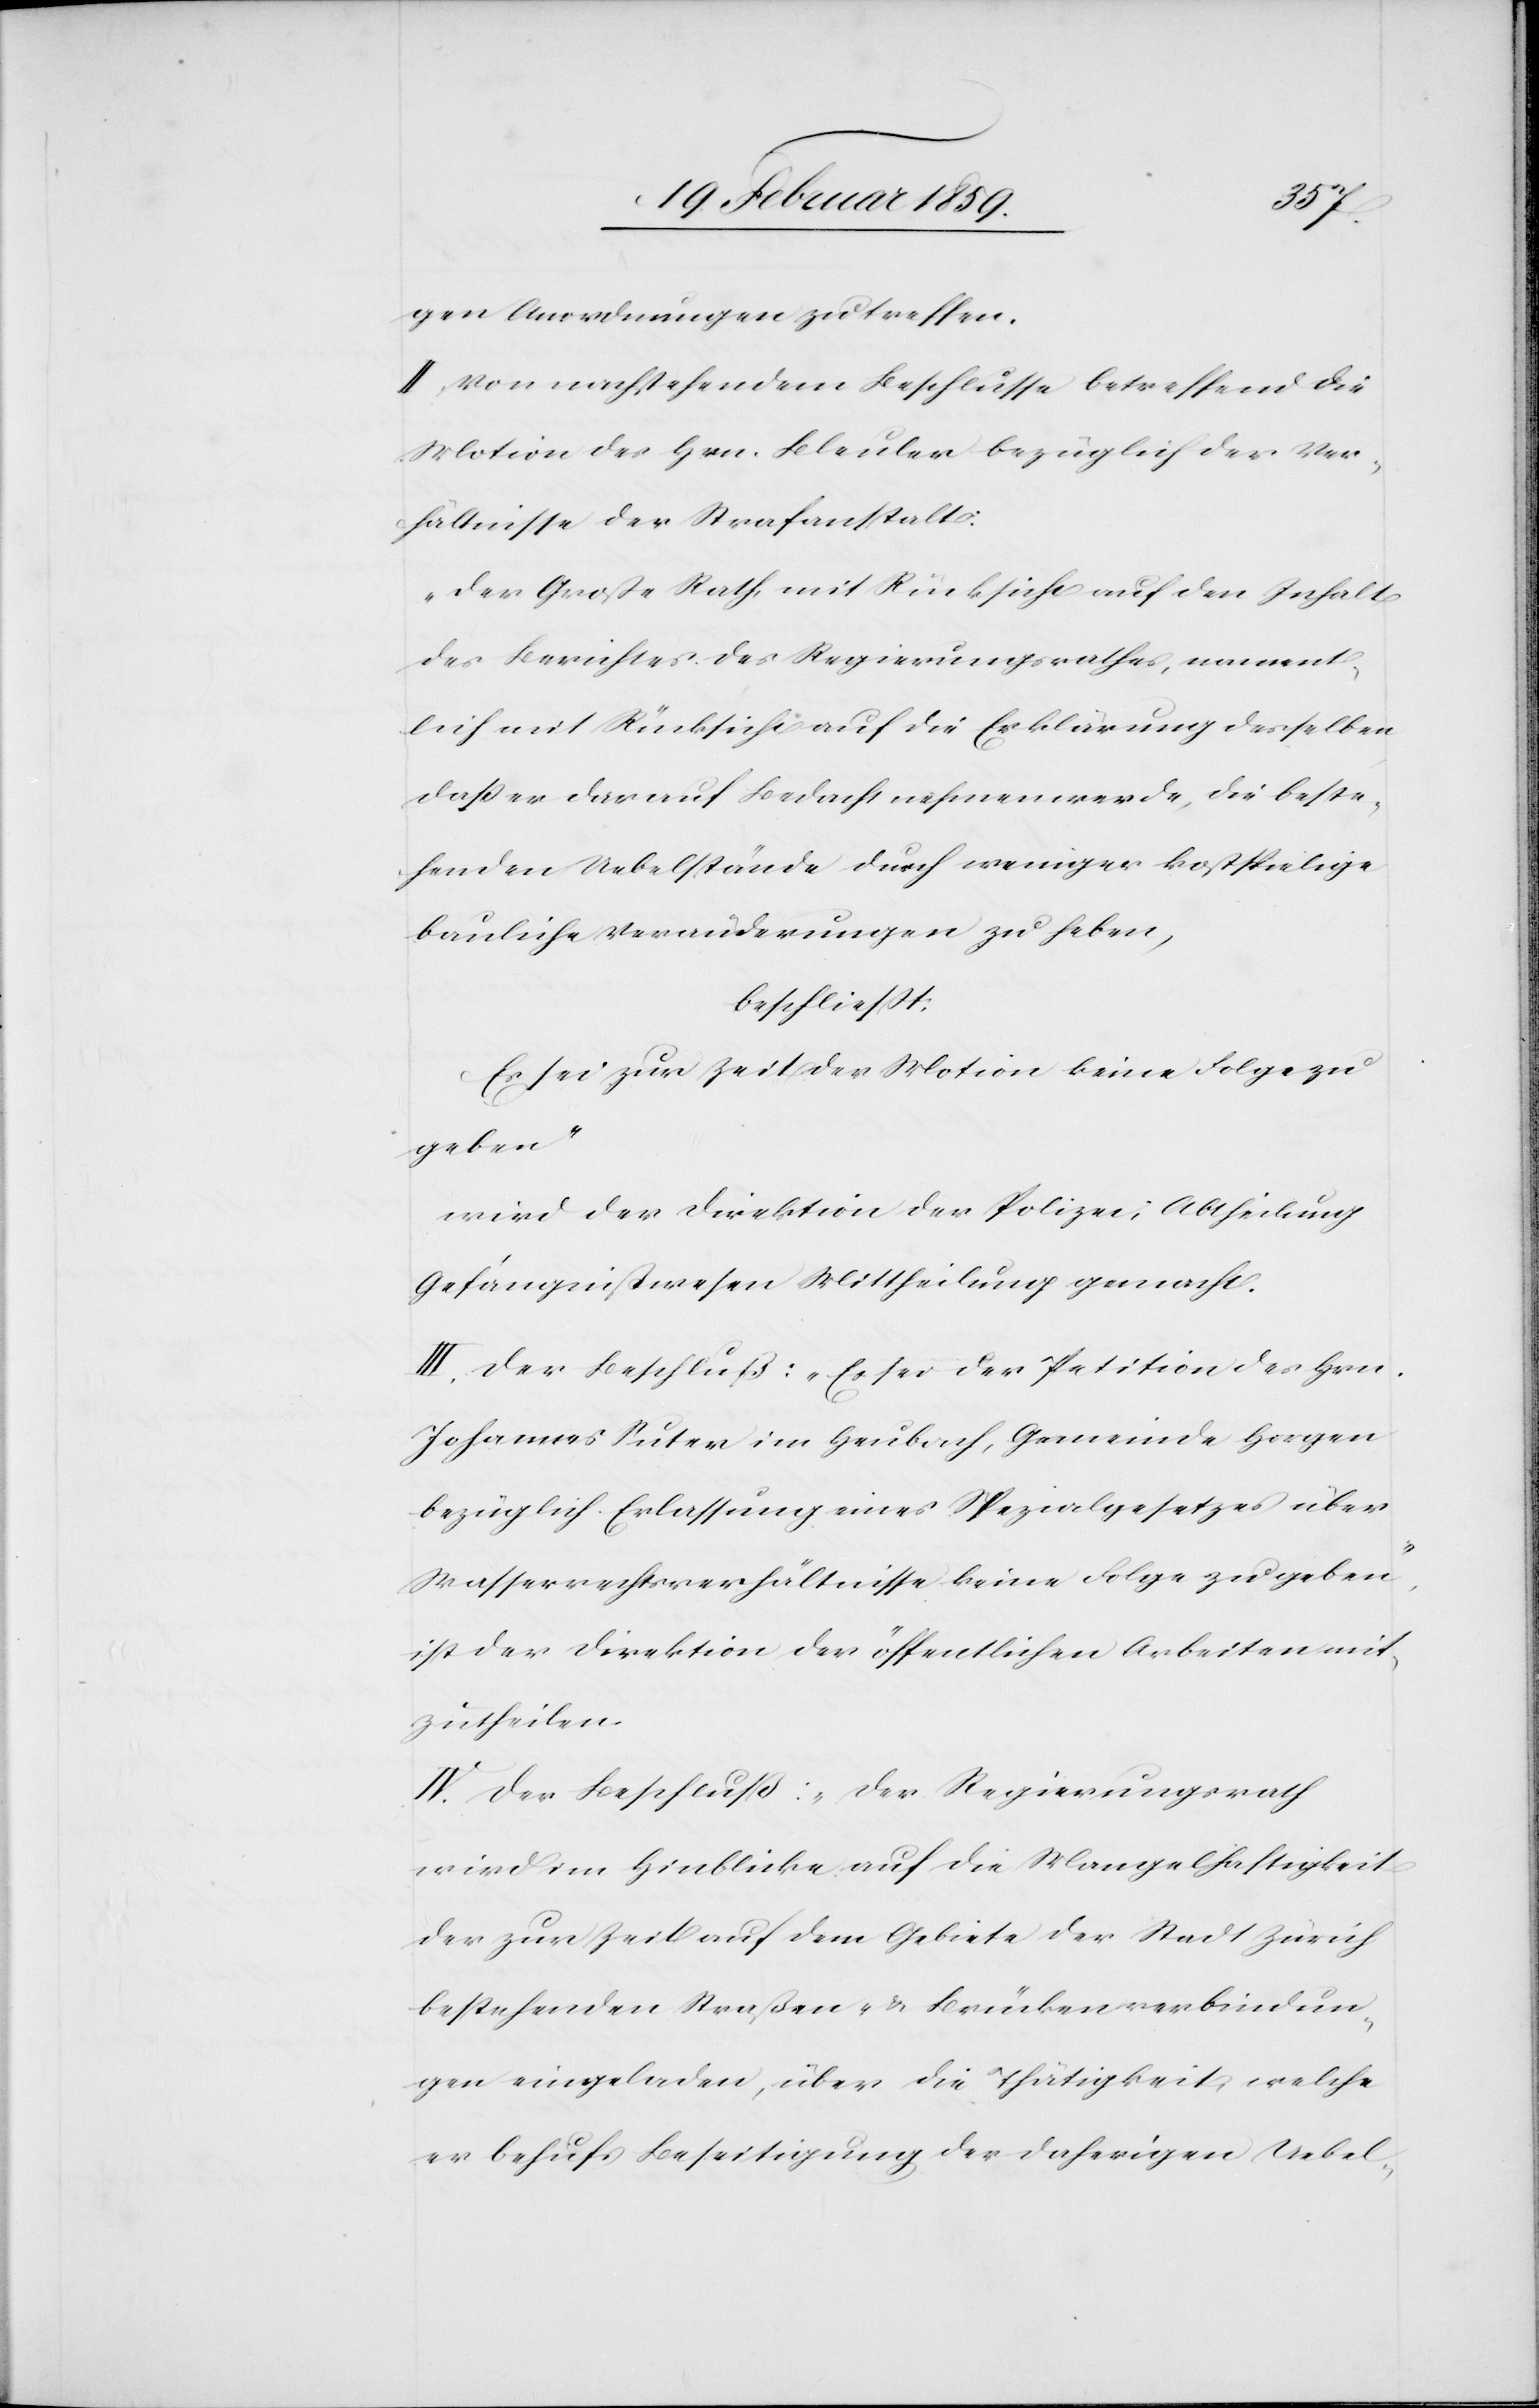
gen Anordnungen zu treffen.
II. Von nachstehendem Beschlusse betreffend die
Motion des Hrn. Bleuler bezüglich der Ver¬
hältnisse der Strafanstalt:
„Der Große Rath, mit Rücksicht auf die Erklärung
daß er darauf Bedacht nehmen werde, die beste¬
henden Uebelstände durch weniger kostspielige
bauliche Veränderungen zu heben,
beschließt:
Es sei zur Zeit der Motion keine Folge zu
geben“
wird der Direktion der Polizei, Abtheilung
Gefängnißwesen Mittheilung gemacht.
III. Der Beschluß: „Es sei der Petition des Hrn.
Johannes Suter im Heubach, Gemeinde Horgen
bezüglich Erlassung eines Spezialgesetzes über
Wasserrechtsverhältnisse keine Folge zu geben“,
ist der Direktion der öffentlichen Arbeiten mit¬
zutheilen.
IV. Der Beschluß: „Der Regierungsrath
wird im Hinblicke auf die Mangelhaftigkeit
der zur Zeit auf dem Gebiete der Stadt Zürich
bestehenden Straßen- & Brückenverbindun¬
gen eingeladen, über die Thätigkeit, welche
er behufs Beseitigung der daherigen Uebel-